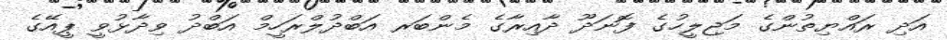
އަދި ރައްޔިތުންގެ މަޖިލީހުގެ ފޮނަދޫ ދާއިރާގެ މެންބަރ އަބްދުލްރަހީމް އަބްދު ވިދާޅުވީ ޕީއޭގެ